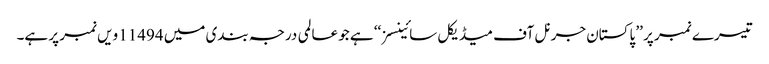
تیسرے نمبر پر ’’ پاکستان جرنل آف میڈیکل سائینسز ‘‘ ہے جو عالمی درجہ بندی میں 11494 ویں نمبر پر ہے۔